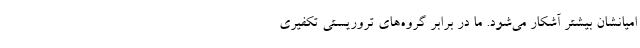
امیانشان بیشتر آشکار می‌شود. ما در برابر گروه‌های تروریستی تکفیری